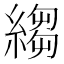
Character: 縐